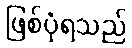
ဖြစ်ပုံရသည်